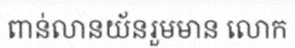
ពាន់លានយ័នរួមមាន លោក